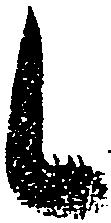
候